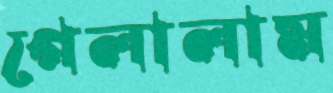
গেলালাম